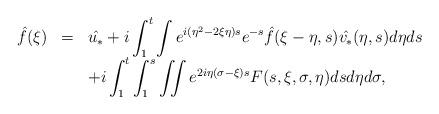
LaTeX: \begin{align*}\begin{array}{lllll}\hat{f}(\xi)&=&\displaystyle \hat{u_*}+i\int_1^t\int e^{i(\eta^2-2\xi\eta)s} e^{-s}{\hat{f}(\xi-\eta,s)\hat{v_*}(\eta,s)}d\eta ds\\&&\displaystyle +i\int_1^t\int_1^s\iint e^{2i\eta(\sigma-\xi)s}F(s,\xi,\sigma,\eta)dsd\eta d\sigma,\end{array}\end{align*}